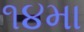
૧૪મા